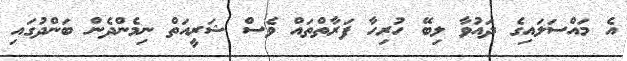
އެ މައްސަލައިގެ ދައުވާ ލިބޭ ހުރިހާ ފަރާތްތައް ވެސް ޝަރީއަތް ނިމެންދެން ބަންދުގައި